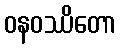
ဝနဝဿိတော